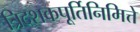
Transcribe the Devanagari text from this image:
त्रिदशकपूर्तिनिमित्ते